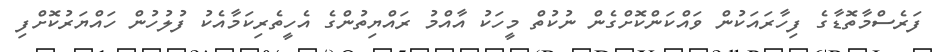
ފަރެސްމާތޮޑާގެ ފިހާރައަކުން ވައްކަންކޮށްގެން ނުކުތް މީހަކު އާއްމު ރައްޔިތުންގެ އެހީތެރިކަމާއެކު ފުލުހުން ހައްޔަރުކޮށްފި